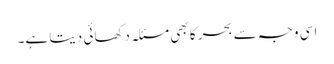
اسی وجہ سے بحر کا بھی مسئلہ دکھائی دیتا ہے۔